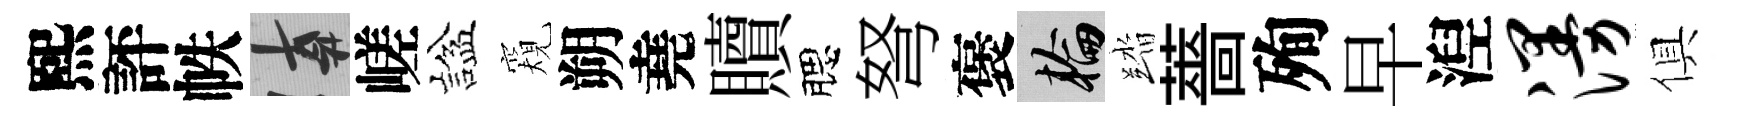
熙評帙遲嵯諡窺朔堯贖腮弩褒輪踏薔殉早湼漫俱